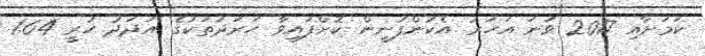
ކަމަށާއި 2017 ވަނަ އަހަރު އެކުންފުނީން ކޮށްފައިވާ ހަރަދުތަކުގެ އަދަދު ހުރީ 1.64